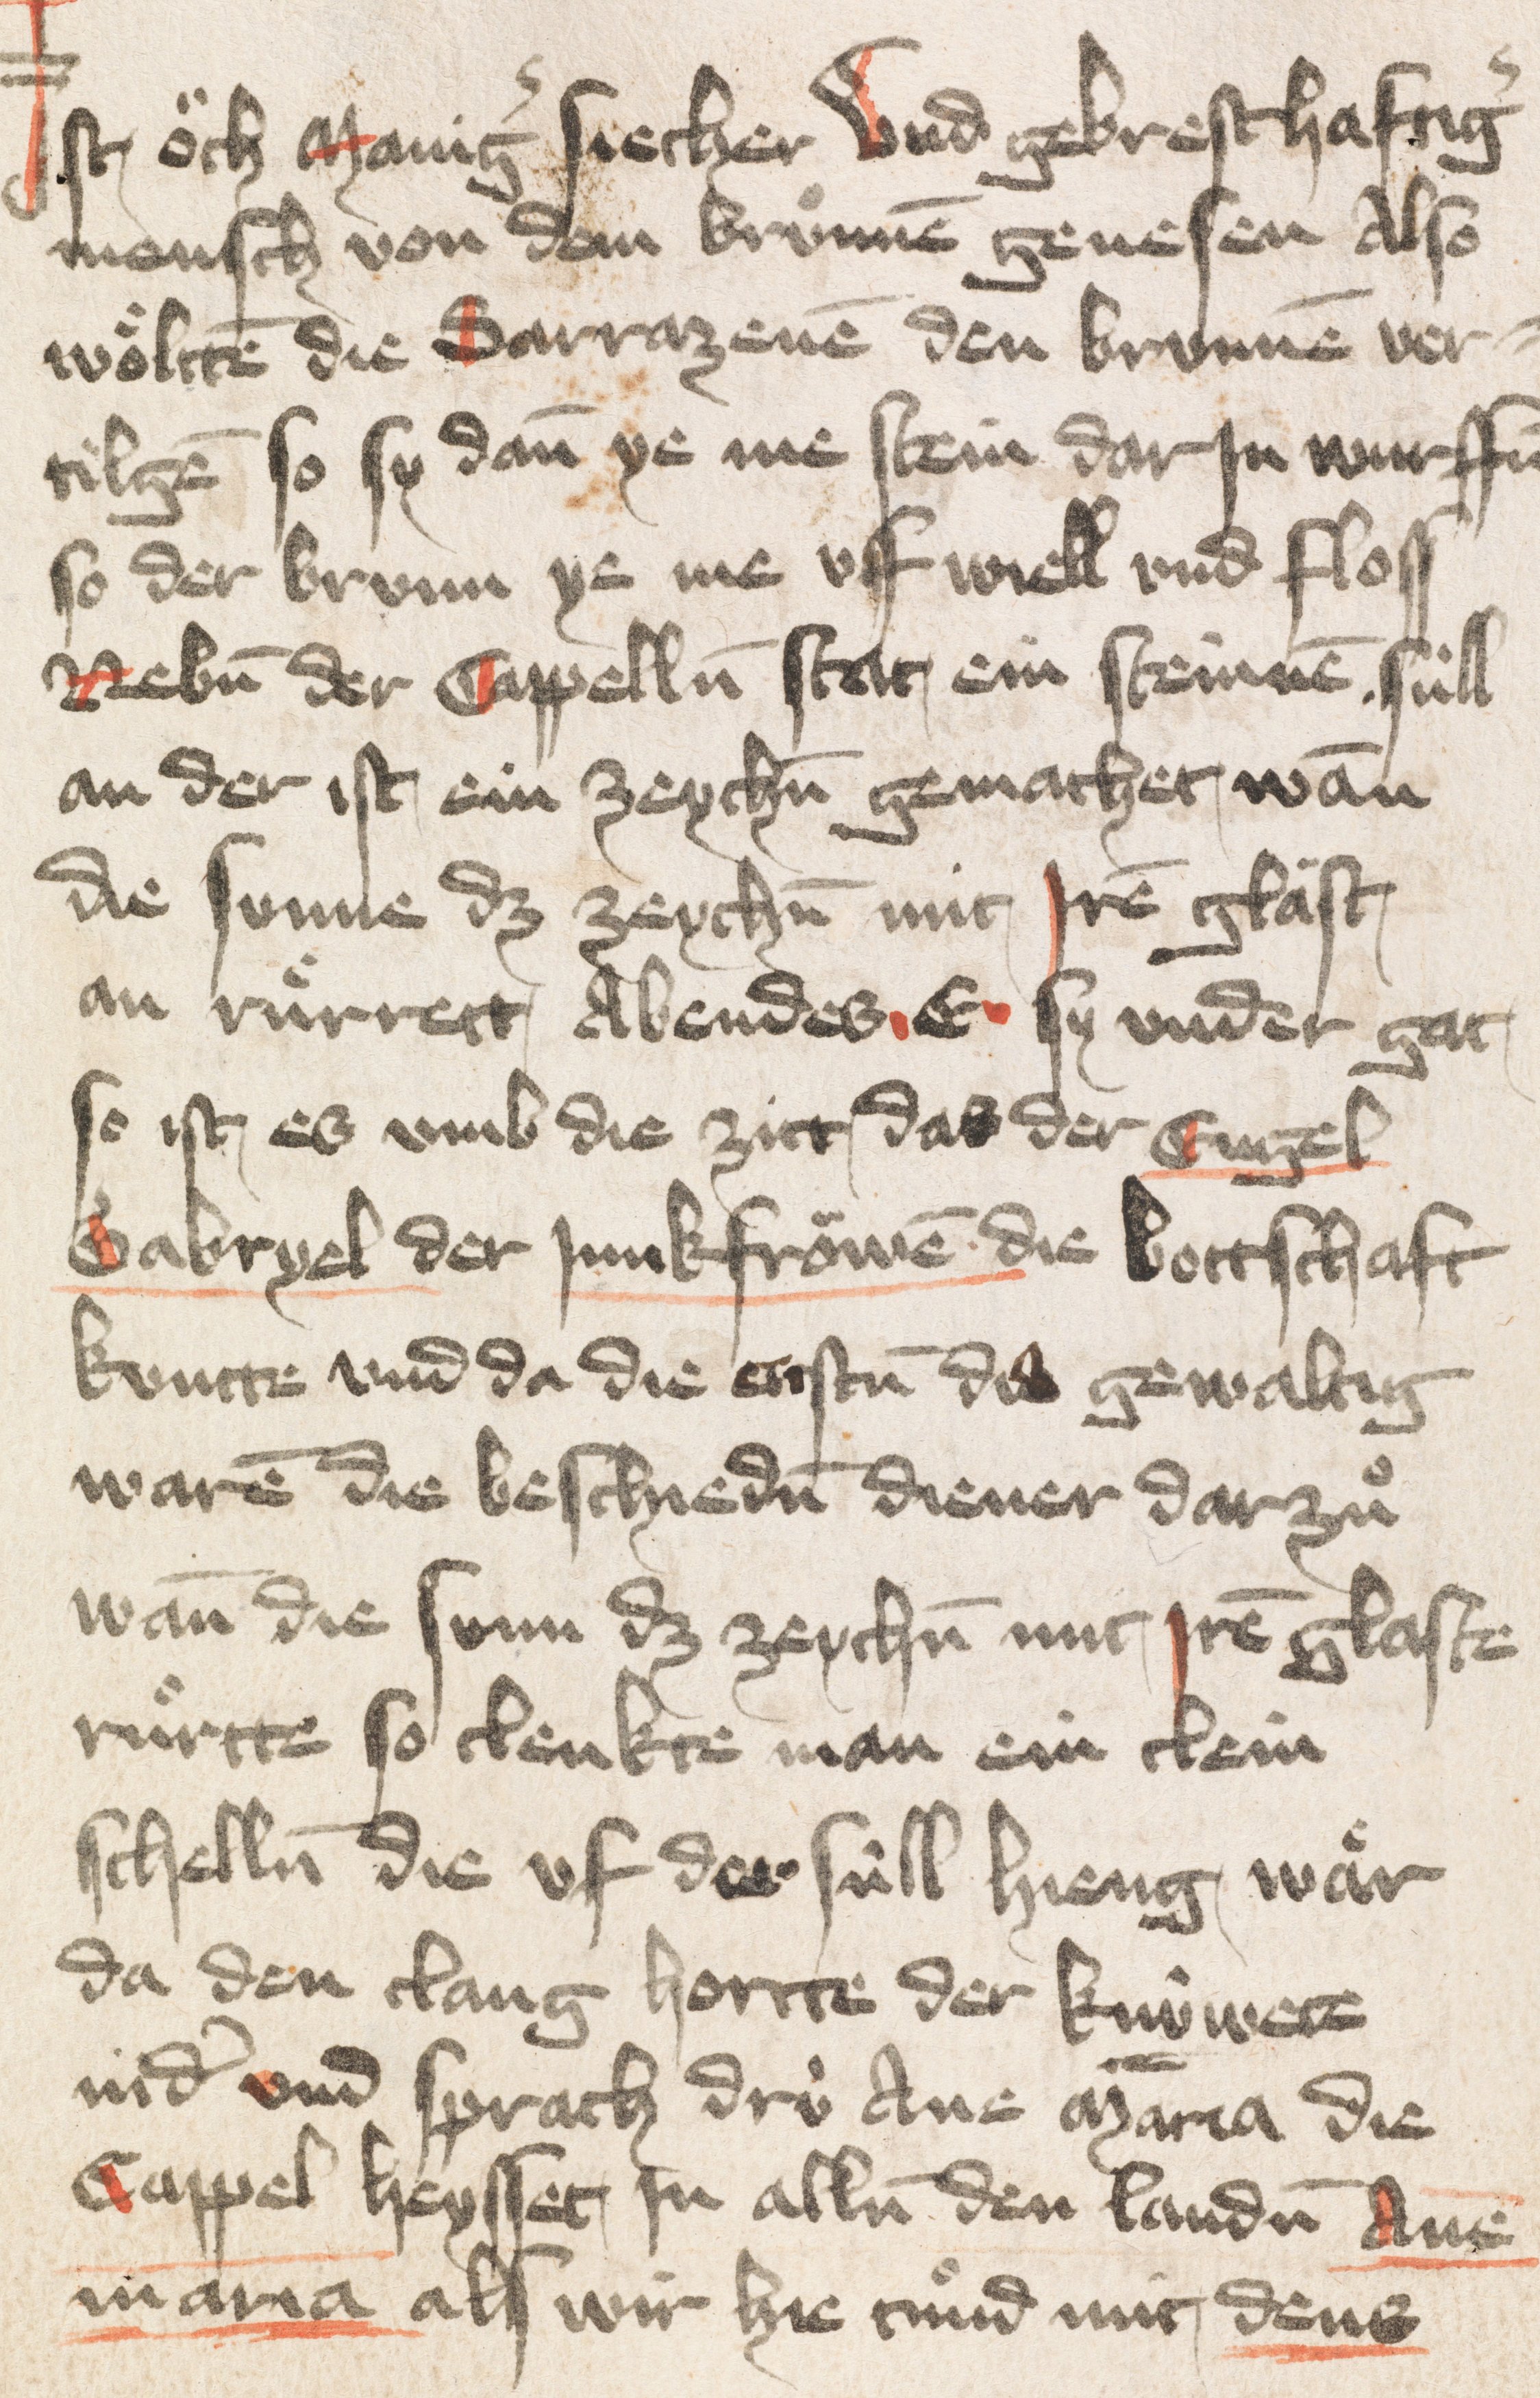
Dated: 1400–1424